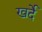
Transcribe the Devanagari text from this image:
खर्दे